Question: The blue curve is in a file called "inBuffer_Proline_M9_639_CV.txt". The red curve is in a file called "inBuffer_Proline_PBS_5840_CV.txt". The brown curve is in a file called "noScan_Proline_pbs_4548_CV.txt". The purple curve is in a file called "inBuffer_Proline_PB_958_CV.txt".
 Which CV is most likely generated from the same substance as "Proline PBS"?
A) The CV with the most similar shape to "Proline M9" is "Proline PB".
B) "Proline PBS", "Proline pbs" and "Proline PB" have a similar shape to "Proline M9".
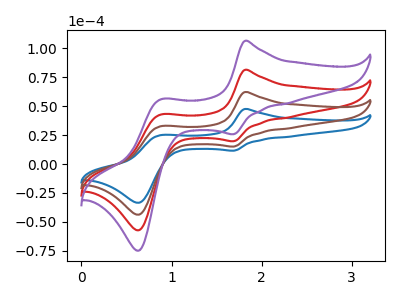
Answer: <think>The blue curve "Proline M9" has anodic peaks at (1.80V, 47.60uA) (0.90V, 25.00uA) and cathodic peaks at (1.70V, 11.50uA) (0.65V, -33.45uA). The red curve "Proline PBS" has anodic peaks at (1.80V, 124.45uA) (0.90V, 65.35uA) and cathodic peaks at (1.70V, 30.15uA) (0.65V, -87.45uA). The brown curve "Proline pbs" has anodic peaks at (1.80V, 62.25uA) (0.90V, 32.65uA) and cathodic peaks at (1.70V, 15.05uA) (0.65V, -43.70uA). The purple curve "Proline PB" has anodic peaks at (1.80V, 186.70uA) (0.90V, 98.00uA) and cathodic peaks at (1.70V, 45.20uA) (0.65V, -131.15uA).
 All the peaks in "Proline M9" have a peak in "Proline PBS" at the same potential. All the peaks in "Proline M9" have a peak in "Proline pbs" at the same potential. All the peaks in "Proline M9" have a peak in "Proline PB" at the same potential. All the peaks in "Proline PBS" have a peak in "Proline pbs" at the same potential. All the peaks in "Proline PBS" have a peak in "Proline PB" at the same potential. All the peaks in "Proline pbs" have a peak in "Proline PB" at the same potential.</think>
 <answer>B) "Proline PBS", "Proline pbs" and "Proline PB" have a similar shape to "Proline M9".</answer>
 <eval>B</eval>